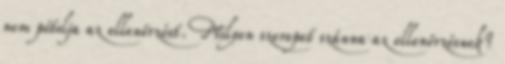
nem pótolja az ellenőrzést. Milyen szerepet szánna az ellenőrzésnek?